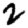
Digit: 2